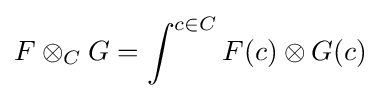
F\otimes _{C}G=\int ^{c\in C}F(c)\otimes G(c)